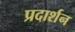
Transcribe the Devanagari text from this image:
प्रदार्शन